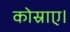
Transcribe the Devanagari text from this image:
कोस्राए।